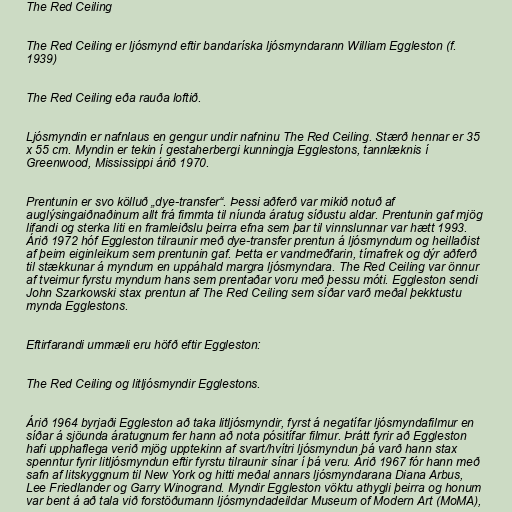
The Red Ceiling

The Red Ceiling er ljósmynd eftir bandaríska ljósmyndarann William Eggleston (f.
1939)

The Red Ceiling eða rauða loftið.

Ljósmyndin er nafnlaus en gengur undir nafninu The Red Ceiling. Stærð hennar er 35
x 55 cm. Myndin er tekin í gestaherbergi kunningja Egglestons, tannlæknis í
Greenwood, Mississippi árið 1970.

Prentunin er svo kölluð „dye-transfer“. Þessi aðferð var mikið notuð af
auglýsingaiðnaðinum allt frá fimmta til níunda áratug síðustu aldar. Prentunin gaf mjög
lifandi og sterka liti en framleiðslu þeirra efna sem þar til vinnslunnar var hætt 1993.
Árið 1972 hóf Eggleston tilraunir með dye-transfer prentun á ljósmyndum og heillaðist
af þeim eiginleikum sem prentunin gaf. Þetta er vandmeðfarin, tímafrek og dýr aðferð
til stækkunar á myndum en uppáhald margra ljósmyndara. The Red Ceiling var önnur
af tveimur fyrstu myndum hans sem prentaðar voru með þessu móti. Eggleston sendi
John Szarkowski stax prentun af The Red Ceiling sem síðar varð meðal þekktustu
mynda Egglestons.

Eftirfarandi ummæli eru höfð eftir Eggleston:

The Red Ceiling og litljósmyndir Egglestons.

Árið 1964 byrjaði Eggleston að taka litljósmyndir, fyrst á negatífar ljósmyndafilmur en
síðar á sjöunda áratugnum fer hann að nota pósitífar filmur. Þrátt fyrir að Eggleston
hafi upphaflega verið mjög upptekinn af svart/hvítri ljósmyndun þá varð hann stax
spenntur fyrir litljósmyndun eftir fyrstu tilraunir sínar í þá veru. Árið 1967 fór hann með
safn af litskyggnum til New York og hitti meðal annars ljósmyndarana Diana Arbus,
Lee Friedlander og Garry Winogrand. Myndir Eggleston vöktu athygli þeirra og honum
var bent á að tala við forstöðumann ljósmyndadeildar Museum of Modern Art (MoMA),